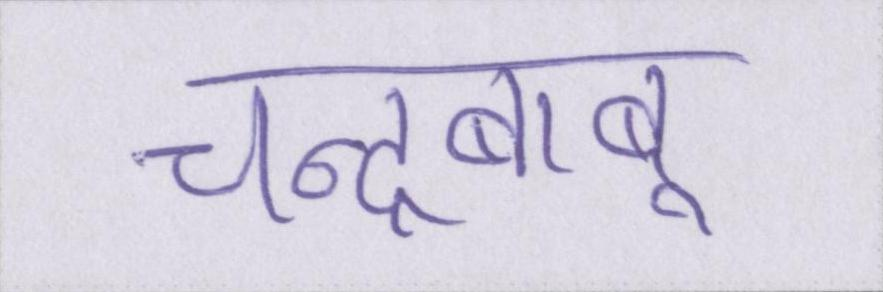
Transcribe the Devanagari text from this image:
चन्द्रबाबू